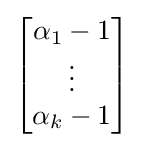
{\begin{bmatrix}\alpha _{1}-1\\\vdots \\\alpha _{k}-1\end{bmatrix}}